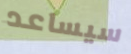
سيساعد